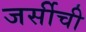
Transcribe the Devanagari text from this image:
जर्सीची